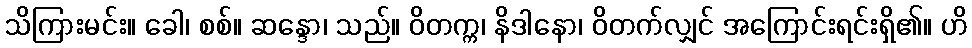
သိကြားမင်း။ ခေါ၊ စစ်။ ဆန္ဒော၊ သည်။ ဝိတက္က၊ နိဒါနော၊ ဝိတက်လျှင် အကြောင်းရင်းရှိ၏။ ဟိ